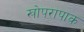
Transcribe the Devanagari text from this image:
खोपरापाक